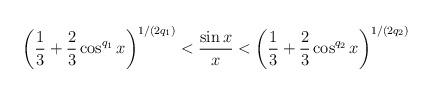
LaTeX: \begin{align*}\left( \frac{1}{3}+\frac{2}{3}\cos ^{q_{1}}x\right) ^{1/\left( 2q_{1}\right)}<\frac{\sin x}{x}<\left( \frac{1}{3}+\frac{2}{3}\cos ^{q_{2}}x\right)^{1/\left( 2q_{2}\right) } \end{align*}